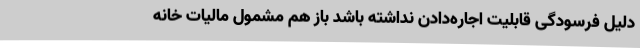
دلیل فرسودگی قابلیت اجاره‌دادن نداشته باشد باز هم مشمول مالیات خانه